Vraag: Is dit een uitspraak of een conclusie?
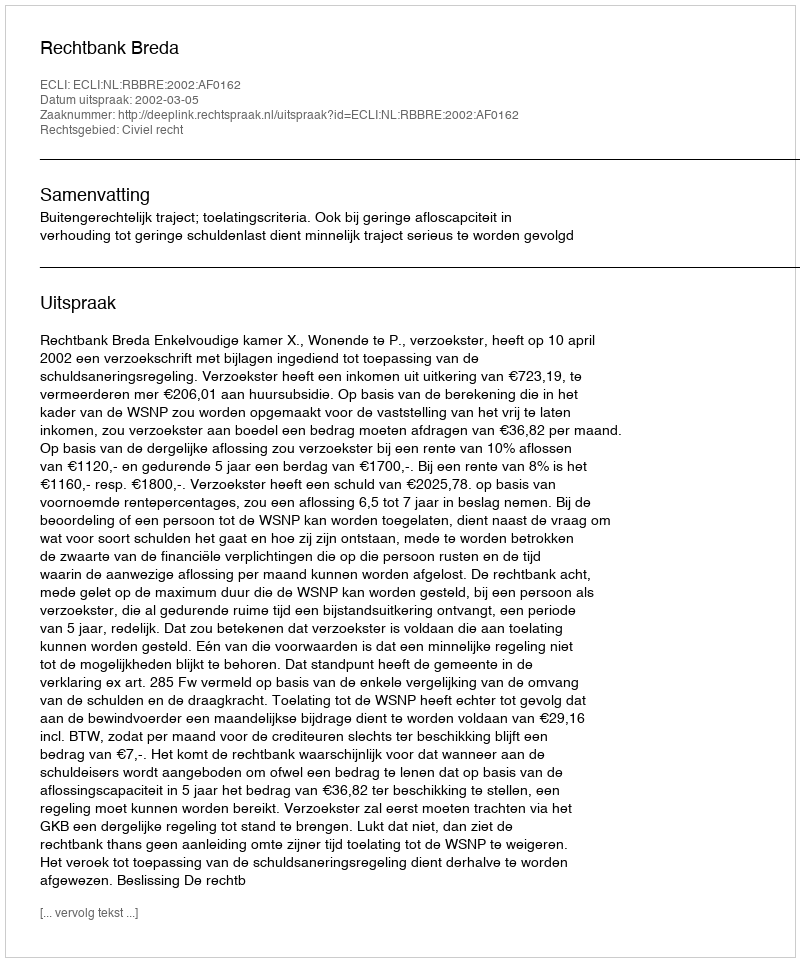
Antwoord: Uitspraak